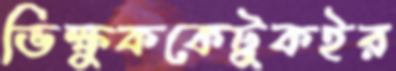
ভিক্ষুককেটুকইর